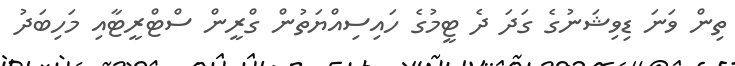
ތިން ވަނަ ޑިވިޝަނުގެ ގަދަ ދެ ޓީމުގެ ހައިސިއްޔަތުން ގްރީން ސްޓްރީޓާއި މަހިބަދު